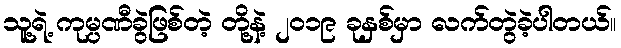
သူ့ရဲ့ ကုမ္ပဏီခွဲဖြစ်တဲ့ တို့နဲ့ ၂၀၁၉ ခုနှစ်မှာ လက်တွဲခဲ့ပါတယ်။